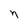
Character: n